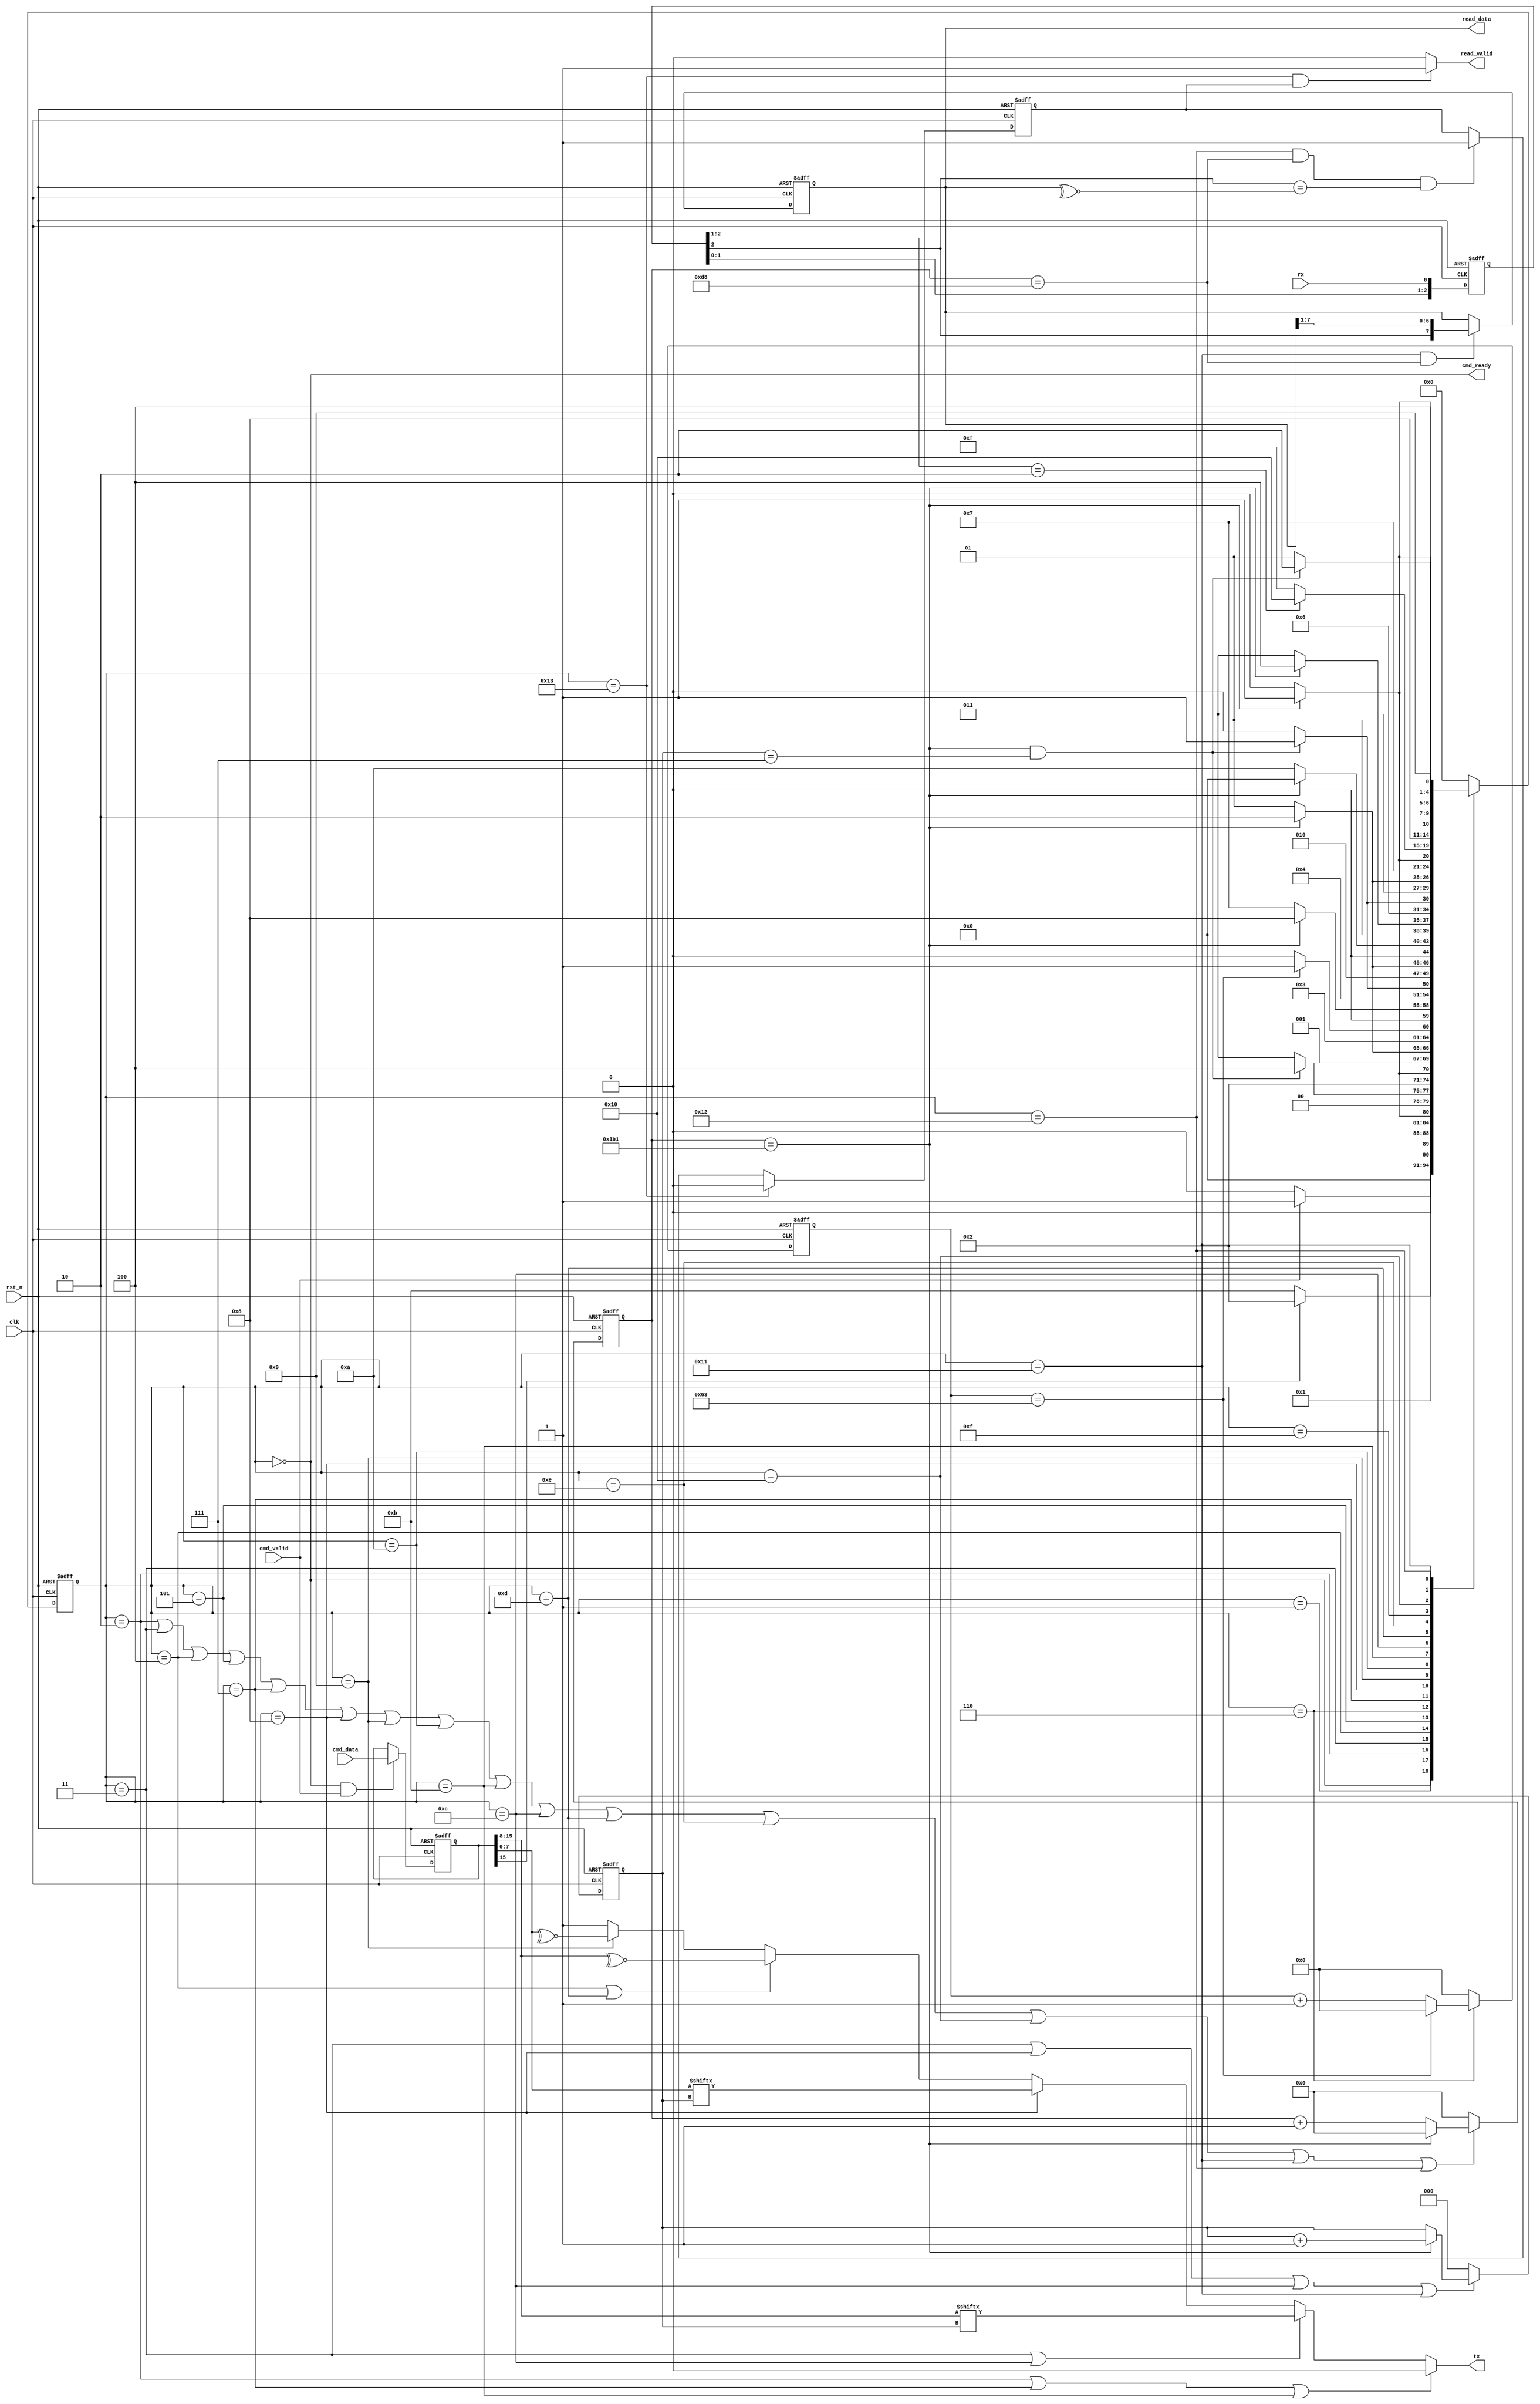
module uart_fsm #(
    parameter CMD_ADDR_WIDTH = 7                                            ,
    parameter CMD_DATA_WIDTH = 8                                            ,
    parameter CMD_RW_FLAG    = 1                                            ,
    parameter CMD_WIDTH      = CMD_RW_FLAG + CMD_ADDR_WIDTH + CMD_DATA_WIDTH
)(
    input                           clk       ,
    input                           rst_n     ,
    input                           cmd_valid ,
    input      [CMD_WIDTH-1:0]      cmd_data  ,
    output                          cmd_ready ,
    output                          read_valid,
    output     [CMD_DATA_WIDTH-1:0] read_data ,
    output reg                      tx        ,
    input                           rx
);
    
reg  [CMD_WIDTH-1:0] cmd_buf          ;  // store the cmd temporarily

wire       uart_bit_cnt_en  ;
wire       uart_clk_cnt_en  ;
wire       uart_delay_cnt_en;
reg  [8:0] uart_clk_cnt     ;  
reg  [2:0] uart_bit_cnt     ;
reg  [6:0] uart_delay_cnt   ;

wire [7:0] cmd_high_byte    ;
wire [7:0] cmd_low_byte     ;

reg  [4:0] fsm_cs           ;
reg  [4:0] fsm_ns           ;

wire       rx_sync          ;
reg  [3:0] rx_delay         ;
reg  [7:0] rx_data_buffer   ;
wire       rx_nedge         ;
reg        read_valid_buf   ;

localparam  IDLE            = 5'd0 ,
            RW_JUDGE        = 5'd1 ,
            W0_START_BIT    = 5'd2 ,
            W0_DATA_BIT     = 5'd3 ,
            W0_CHECK_BIT    = 5'd4 ,
            W0_STOP_BIT     = 5'd5 ,
            W_DELAY         = 5'd6 ,
            W1_START_BIT    = 5'd7 ,
            W1_DATA_BIT     = 5'd8 ,
            W1_CHECK_BIT    = 5'd9 ,
            W1_STOP_BIT     = 5'd10,
            R_CMD_START_BIT = 5'd11,
            R_CMD_DATA_BIT  = 5'd12,
            R_CMD_CHECK_BIT = 5'd13,
            R_CMD_STOP_BIT  = 5'd14,
            
            RCV_RX_WAIT     = 5'd15,

            RCV_RX_START_BIT= 5'd16,
            RCV_RX_DATA_BIT = 5'd17,
            RCV_RX_CHECK_BIT= 5'd18,
            SEND_READ_DATA  = 5'd19;        

always@(posedge clk or negedge rst_n)begin
if(!rst_n)
    fsm_cs <= IDLE;
else
    fsm_cs <= fsm_ns;
end 

always@(*) begin
case(fsm_cs)
    IDLE:
        begin
            if(cmd_valid)
                fsm_ns = RW_JUDGE;
            else
                fsm_ns = IDLE;
        end 
    RW_JUDGE:  
        begin
            fsm_ns = cmd_buf[CMD_WIDTH-1] ? W0_START_BIT : R_CMD_START_BIT;
        end 
    W0_START_BIT:
        begin
            if(uart_clk_cnt==9'd433)
                fsm_ns = W0_DATA_BIT;
            else
                fsm_ns = W0_START_BIT;
        end 
    W0_DATA_BIT:
        begin
            if(uart_clk_cnt==9'd433 && uart_bit_cnt==3'd7)
                fsm_ns = W0_CHECK_BIT;
            else
                fsm_ns = W0_DATA_BIT;
        end 
    W0_CHECK_BIT:
        begin
            if(uart_clk_cnt==9'd433)
                fsm_ns = W0_STOP_BIT;
            else
                fsm_ns = W0_CHECK_BIT;
        end
    W0_STOP_BIT:
        begin
            if(uart_clk_cnt==9'd433)
                fsm_ns = W_DELAY;
            else
                fsm_ns = W0_STOP_BIT;
        end                
    W_DELAY:    
        if(uart_delay_cnt==7'd99)
            fsm_ns = W1_START_BIT;
        else
            fsm_ns = W_DELAY;
    W1_START_BIT:
        begin
            if(uart_clk_cnt==9'd433)
                fsm_ns = W1_DATA_BIT;
            else
                fsm_ns = W1_START_BIT;
        end                
    W1_DATA_BIT:
        begin
            if(uart_clk_cnt==9'd433 && uart_bit_cnt==3'd7)
                fsm_ns = W1_CHECK_BIT;
            else
                fsm_ns = W1_DATA_BIT;   
        end
    W1_CHECK_BIT:
        begin
            if(uart_clk_cnt==9'd433)
                fsm_ns = W1_STOP_BIT;
            else
                fsm_ns = W1_CHECK_BIT;              
        end    
    W1_STOP_BIT:
        begin
            if(uart_clk_cnt==9'd433)
                fsm_ns = IDLE;
            else
                fsm_ns = W1_STOP_BIT;               
        end              
    R_CMD_START_BIT:
        if(uart_clk_cnt==9'd433)
            fsm_ns = R_CMD_DATA_BIT;
        else    
            fsm_ns = R_CMD_START_BIT;
    R_CMD_DATA_BIT:
        if(uart_clk_cnt==9'd433 && uart_bit_cnt==3'd7)
            fsm_ns = R_CMD_CHECK_BIT;
        else
            fsm_ns = R_CMD_DATA_BIT;
    R_CMD_CHECK_BIT:
        if(uart_clk_cnt==9'd433)
            fsm_ns = R_CMD_STOP_BIT;
        else
            fsm_ns = R_CMD_CHECK_BIT;
    R_CMD_STOP_BIT:
        if(uart_clk_cnt==9'd433)
            fsm_ns = RCV_RX_WAIT;
        else    
            fsm_ns = R_CMD_STOP_BIT;
    RCV_RX_WAIT:
        if(rx_nedge)
            fsm_ns = RCV_RX_START_BIT;
        else
            fsm_ns = RCV_RX_WAIT;
    RCV_RX_START_BIT:
        if(uart_clk_cnt==9'd433)
            fsm_ns = RCV_RX_DATA_BIT;
        else
            fsm_ns = RCV_RX_START_BIT;
    RCV_RX_DATA_BIT:
        if(uart_clk_cnt==9'd433 && uart_bit_cnt==3'd7)
            fsm_ns = RCV_RX_CHECK_BIT;
        else
            fsm_ns = RCV_RX_DATA_BIT;
    RCV_RX_CHECK_BIT:
        if(uart_clk_cnt==9'd433)
            fsm_ns = SEND_READ_DATA;
        else
            fsm_ns = RCV_RX_CHECK_BIT;          
    SEND_READ_DATA:
            fsm_ns = IDLE;
    default: fsm_ns = IDLE;
endcase 
end 

assign cmd_ready = fsm_cs==IDLE;
assign uart_clk_cnt_en = fsm_cs==W0_START_BIT || fsm_cs==W0_DATA_BIT || fsm_cs==W0_CHECK_BIT || fsm_cs==W0_STOP_BIT || fsm_cs==W1_START_BIT 
|| fsm_cs==W1_DATA_BIT || fsm_cs==W1_CHECK_BIT || fsm_cs==W1_STOP_BIT|| fsm_cs==R_CMD_START_BIT || fsm_cs==R_CMD_DATA_BIT 
|| fsm_cs==R_CMD_CHECK_BIT || fsm_cs==R_CMD_STOP_BIT|| fsm_cs==RCV_RX_START_BIT || fsm_cs==RCV_RX_DATA_BIT || fsm_cs==RCV_RX_CHECK_BIT;

assign {cmd_high_byte,cmd_low_byte} = cmd_buf;    

assign uart_bit_cnt_en   = fsm_cs==W0_DATA_BIT || fsm_cs==W1_DATA_BIT || fsm_cs==R_CMD_DATA_BIT || fsm_cs==RCV_RX_DATA_BIT ;
assign uart_delay_cnt_en = fsm_cs==W_DELAY;

//cmd buf
always@(posedge clk or negedge rst_n) begin
if(!rst_n)
    cmd_buf <= {CMD_WIDTH{1'b0}};
else if(fsm_cs==IDLE && cmd_valid)
    cmd_buf <= cmd_data;
end 

always@(posedge clk or negedge rst_n) begin
if(!rst_n)
    uart_clk_cnt <= 9'd0;
else if(uart_clk_cnt_en) begin
    if(uart_clk_cnt==9'd433)
        uart_clk_cnt <= 9'd0;
    else
        uart_clk_cnt <= uart_clk_cnt + 1'b1;
    end
else
    uart_clk_cnt <= 9'd0;
end 

always@(posedge clk or negedge rst_n) begin
if(!rst_n)
    uart_bit_cnt <= 3'd0;
else if(uart_bit_cnt_en) begin
    if(uart_clk_cnt==9'd433)
        uart_bit_cnt <= uart_bit_cnt + 1'b1;
    end
else
    uart_bit_cnt <= 3'd0;
end

always@(posedge clk or negedge rst_n) begin
if(!rst_n)
    uart_delay_cnt <= 7'd0;
else if(uart_delay_cnt_en) begin
    if(uart_delay_cnt == 7'd99)
        uart_delay_cnt <= 7'd0;
    else
        uart_delay_cnt <= uart_delay_cnt + 1'b1;
    end
else
    uart_delay_cnt <= 7'd0;     
end

always@(*)
begin
    if(fsm_cs==W0_START_BIT|| fsm_cs==W1_START_BIT || fsm_cs==R_CMD_START_BIT)
        tx = 1'b0;
    else if(fsm_cs==W0_DATA_BIT || fsm_cs==R_CMD_DATA_BIT)
        tx = cmd_high_byte[uart_bit_cnt];
    else if(fsm_cs==W1_DATA_BIT)
        tx = cmd_low_byte[uart_bit_cnt];
    else if(fsm_cs==W0_CHECK_BIT || fsm_cs==R_CMD_CHECK_BIT)
        tx = ~^cmd_high_byte;
    else if(fsm_cs==W1_CHECK_BIT)
        tx = ~^cmd_low_byte;
    else
        tx = 1'b1;
end

always@(posedge clk or negedge rst_n) begin
if(!rst_n)
    rx_delay <= 3'd0;
else
    rx_delay <= {rx_delay[1:0], rx};
end

assign rx_nedge = rx_delay[2:1]==2'b10;
assign rx_sync  = rx_delay[2]         ;

always @(posedge clk or negedge rst_n) begin
if(!rst_n)
    rx_data_buffer <= 8'd0;
else if(fsm_cs==RCV_RX_DATA_BIT && uart_clk_cnt == 9'd216)
    rx_data_buffer <= {rx_sync,rx_data_buffer[7:1]};    
end

always @(posedge clk or negedge rst_n) begin
if(!rst_n)
    read_valid_buf <= 1'b0;
else if(fsm_cs == SEND_READ_DATA)
    read_valid_buf <= 1'b0;
else if(fsm_cs==RCV_RX_CHECK_BIT && uart_clk_cnt==9'd216 && rx_sync==~^rx_data_buffer)  
    read_valid_buf <= 1'b1;     
end

assign read_valid = (fsm_cs==SEND_READ_DATA && read_valid_buf)? 1'b1:1'b0;
assign read_data  = rx_data_buffer;

endmodule